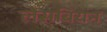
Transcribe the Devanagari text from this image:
लेसबियन